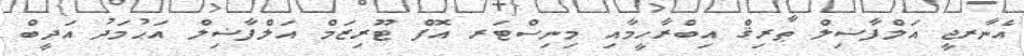
އެނާރޖީ އަލްފާޟިލް ޠާރިޤް އިބްރާހީމާއި މިނިސްޓަރ އޮފް ޓޫރިޒަމް އަލްފާޟިލް އަޙުމަދު އަދީބް